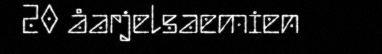
20 åarjelsaemien